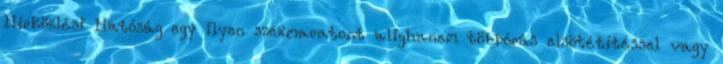
Hírközlési Hatóság egy ilyen szexmaratont alighanem többórás elsötétítéssel vagy